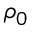
\rho _ { 0 }